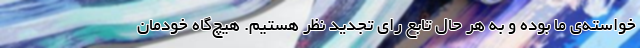
خواسته‌ی ما بوده و به هر حال تابع رای تجدید نظر هستیم. هیچ‌گاه خودمان